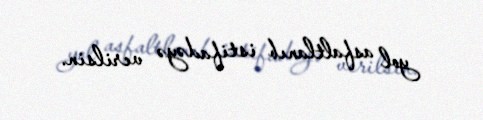
yol asfaltlanıb istifadəyə verilsin.